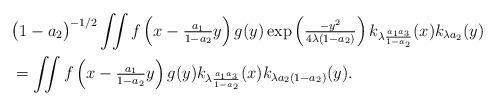
LaTeX: \begin{align*}&\bigl( 1-a_2 \bigr)^{-1/2} \iint f\left(x-\tfrac{a_1}{1-a_2}y\right)g(y) \exp\left( \tfrac{-y^2}{4\lambda(1-a_2)} \right) k_{\lambda\frac{a_1a_3}{1-a_2}}(x) k_{\lambda a_2}(y) \\&= \iint f\left(x-\tfrac{a_1}{1-a_2}y\right)g(y) k_{\lambda\frac{a_1a_3}{1-a_2}}(x) k_{\lambda a_2(1-a_2)}(y).\end{align*}